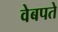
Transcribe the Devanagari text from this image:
वेबपते